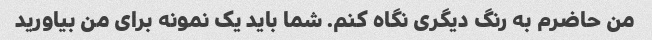
من حاضرم به رنگ دیگری نگاه کنم. شما باید یک نمونه برای من بیاورید